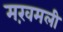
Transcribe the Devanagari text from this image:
मख़मली